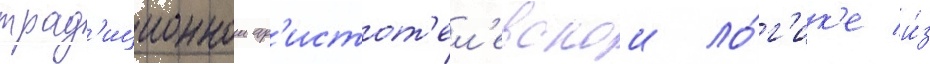
трад'иционнои ар'истот'ел'евскои ло́г'ик'е и́з